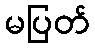
မပြတ်